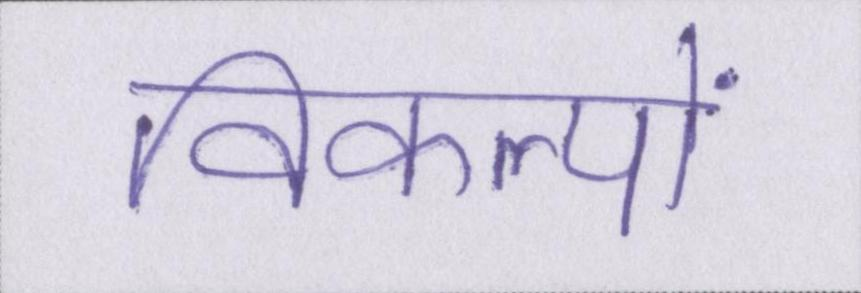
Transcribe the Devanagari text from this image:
विकल्पों